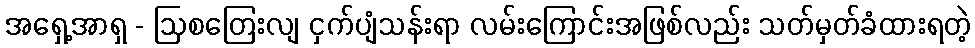
အရှေ့အာရှ - ဩစတြေးလျ ငှက်ပျံသန်းရာ လမ်းကြောင်းအဖြစ်လည်း သတ်မှတ်ခံထားရတဲ့